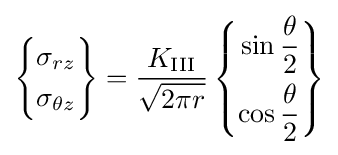
\left\{{\begin{aligned}\sigma _{rz}\\\sigma _{\theta z}\end{aligned}}\right\}={\frac {K_{\rm {III}}}{\sqrt {2\pi r}}}\left\{{\begin{aligned}\sin {\frac {\theta }{2}}\\\cos {\frac {\theta }{2}}\end{aligned}}\right\}